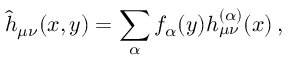
\hat { h } _ { \mu \nu } ( x , y ) = \sum _ { \alpha } f _ { \alpha } ( y ) h _ { \mu \nu } ^ { ( \alpha ) } ( x ) \, ,